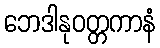
ဘေဒါနုဝတ္တကာနံ